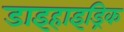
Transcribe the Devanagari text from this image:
डाइहाइड्रिक